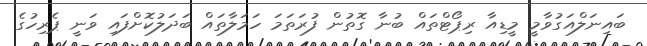
ބައިނަލްއަގުވާމީ މީޑިއާ ރިޕޯޓްތައް ބުނާ ގޮތުން ފުރަތަމަ ހަމަލާތައް ބަދަލުކޮށްފައި ވަނީ ޕެރިހުގެ